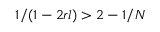
1 / ( 1 - 2 r l ) > 2 - 1 / N